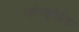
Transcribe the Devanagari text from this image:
कॉन्जुगेटेड